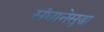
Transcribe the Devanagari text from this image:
संघानेसुद्धा